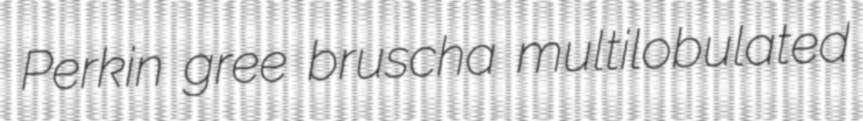
Perkin gree bruscha multilobulated